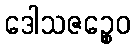
ဒေါသဇဉ္စေဝ